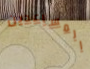
المساعدين